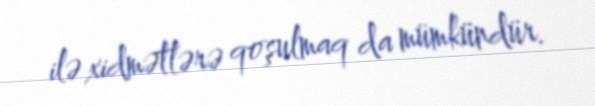
ilə xidmətlərə qoşulmaq da mümkündür.